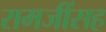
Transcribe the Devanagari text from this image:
रामजींसह